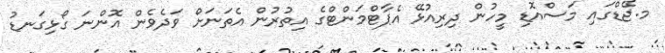
މ.ޖޭޑްގައި މަސްއޮޑި މީހުން ދިރިއުޅޭ އެޕާޓްމަންޓްގެ އިތުރުން އެތަނަށް ވަދެވެން އޮންނަ ގޯޅިގަނޑު